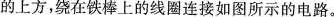
的上方，绕在铁棒上的线圈连接如图所示的电路。